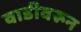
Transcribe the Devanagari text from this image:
वाडीवरून